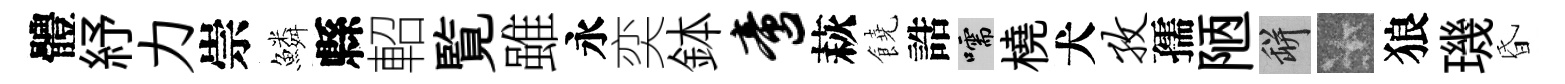
體紓力崇鱗縣軺覧雖永奕鉢啻萩饒誥嚅橈犬孜孺陋瓶卡狼璣昏